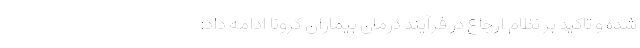
شده و تاکید بر نظام ارجاع در فرآیند درمان بیماران کرونا ادامه داد: